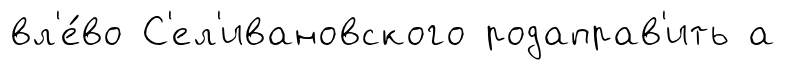
вл'е́во С'ел'ивановского родаправ'ить а